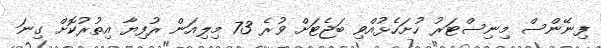
ފިނޭންސް މިނިސްޓަރު ހުށަހެޅުއްވި ބަޖެޓަށް ވުރެ 73 މިލިއަން ރުފިޔާ އިތުރުކޮށް ގިނަ